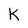
Character: K